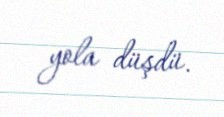
yola düşdü.